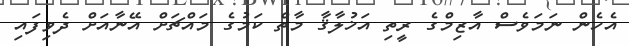
އެހެން ނަމަވެސް އާޒިމްގެ ރީތި އަޚުލާޤާ މާތް ކަމުގެ މައްޗަށް އޭނާއަށް ދެވިފައި